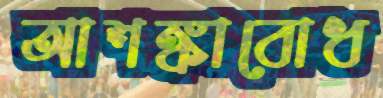
আশঙ্কাবোধ